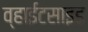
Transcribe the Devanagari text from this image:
व्हाईटसाइड